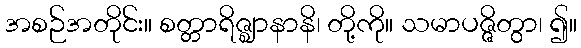
အစဉ်အတိုင်း။ စတ္တာရိဇ္ဈာနာနိ၊ တို့ကို။ သမာပဇ္ဇိတွာ၊ ၍။